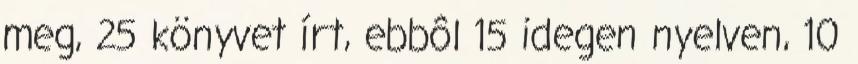
meg, 25 könyvet írt, ebbôl 15 idegen nyelven, 10